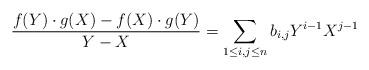
LaTeX: \begin{align*} \frac{f(Y)\cdot g(X)-f(X) \cdot g(Y)}{Y-X}=\sum_{1 \leq i,j\leq n} b_{i,j} Y^{i-1} X^{j-1} \end{align*}